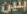
بنين